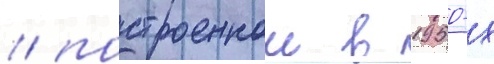
/ построеннои в 1950-х